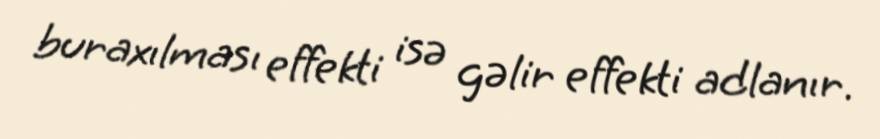
buraxılması effekti isə gəlir effekti adlanır.